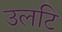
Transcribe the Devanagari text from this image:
उलटि